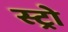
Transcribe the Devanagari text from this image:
स्ट्रो